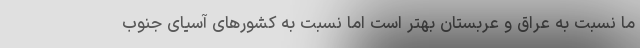
ما نسبت به عراق و عربستان بهتر است اما نسبت به کشورهای آسیای جنوب